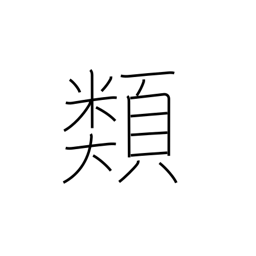
Meaning: genus